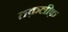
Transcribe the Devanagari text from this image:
तक़लीफ़